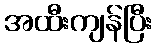
အထီးကျန်ပြီး